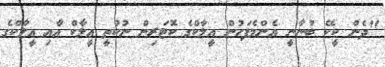
"ދެން ކީކޭ ބުނާނީ އެންމެފަހުން އީލާކްގެ ކޮޓަރިން ނުކުތީ އީލާކް އާއި އީލާކްގެ